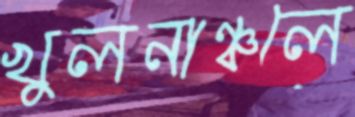
খুলনাঞ্চলে